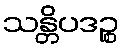
သန္တိပဒဉ္စ